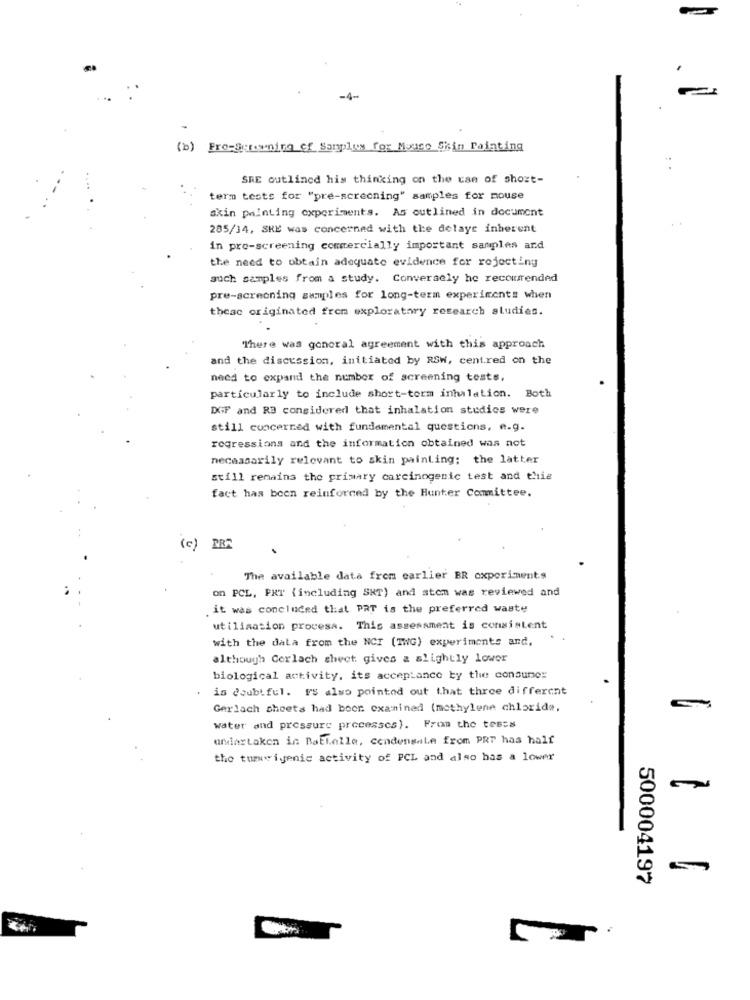
(b) Pre-Screening of Samples for Mouce Skin Painting
SRE outlined his thinking on the can of short-
term tests for "pre-screening" samples for mouse
skin painting experiments. As outlined in document
285/14, SHE was concerned with the delaye inherent
in pre-screening commercially important samples and
the need to obtain adequate evidence for rejecting
auch samples from a study. Conversely he recommended
pre-screening samples for long-term experiments when
these originated fren exploratory research studies.
There was gonoral agreement with this approach
and the discussion, initiated by RSW, centred on the
need to expand the number of screening tests,
particularly to include short-term inhalation. Both
DGF and RE considered that inhalation studies were
still concerned with fundamental questions, e.g.
regressions and the information obtained was not
necessarily relevant to skin painting; the latter
still remains the primary carcinogenic test and thie
fact has been reinforced by the Hunter Committee.
(c) RRR
The available data from earlier BR experiments
on PCL, PXT ( including SKT) and stom was reviewed and
it was concluded that PRT is the preferred waste
utilisation procesa. This assessment is consistent
with the data from the NCI (ING) experiments and,
although Cerlach sheet gives a slightly lower
biological activity, its acceptance by the consumer
is doubtful. I'S also pointed out that three different
Gerlach sheets had boor examined (mothylene chloride,
water and pressure processcs). From the tesss
umiartaken in BaElelle, cendensale from PRT has half
the tumwigenic activity of PCL and also has a lower
500004197